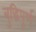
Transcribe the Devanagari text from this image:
बुद्धिपूर्ण